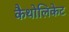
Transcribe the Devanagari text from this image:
कैथोलिकेट